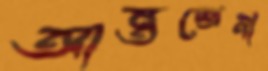
আন্তশ্রেণী